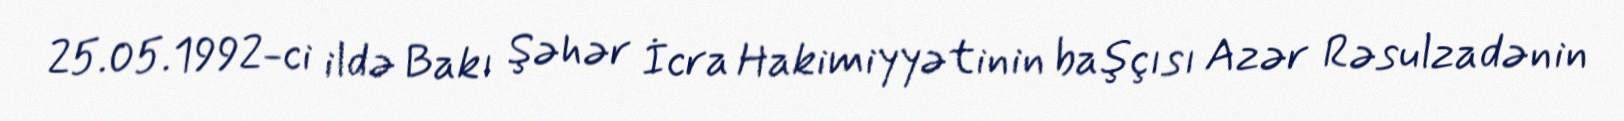
25.05.1992-ci ildə Bakı Şəhər İcra Hakimiyyətinin başçısı Azər Rəsulzadənin